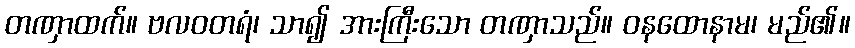
တဏှာထက်။ ဗလဝတရံ၊ သာ၍ အားကြီးသော တဏှာသည်။ ဝနထောနာမ၊ မည်၏။